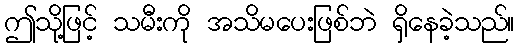
ဤသို့ဖြင့် သမီးကို အသိမပေးဖြစ်ဘဲ ရှိနေခဲ့သည်။